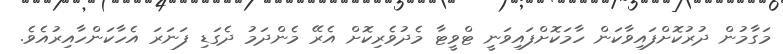
މަގާމުން ދުރުކޮށްފައިވާކަން ހާމަކޮށްފައިވަނީ ޓްވީޓާ މެދުވެރިކޮށް އެރޭ މެންދަމު ދެގަޑި ފަނަރަ އެހާކަންހާއިރުއެވެ.